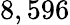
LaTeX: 8,596